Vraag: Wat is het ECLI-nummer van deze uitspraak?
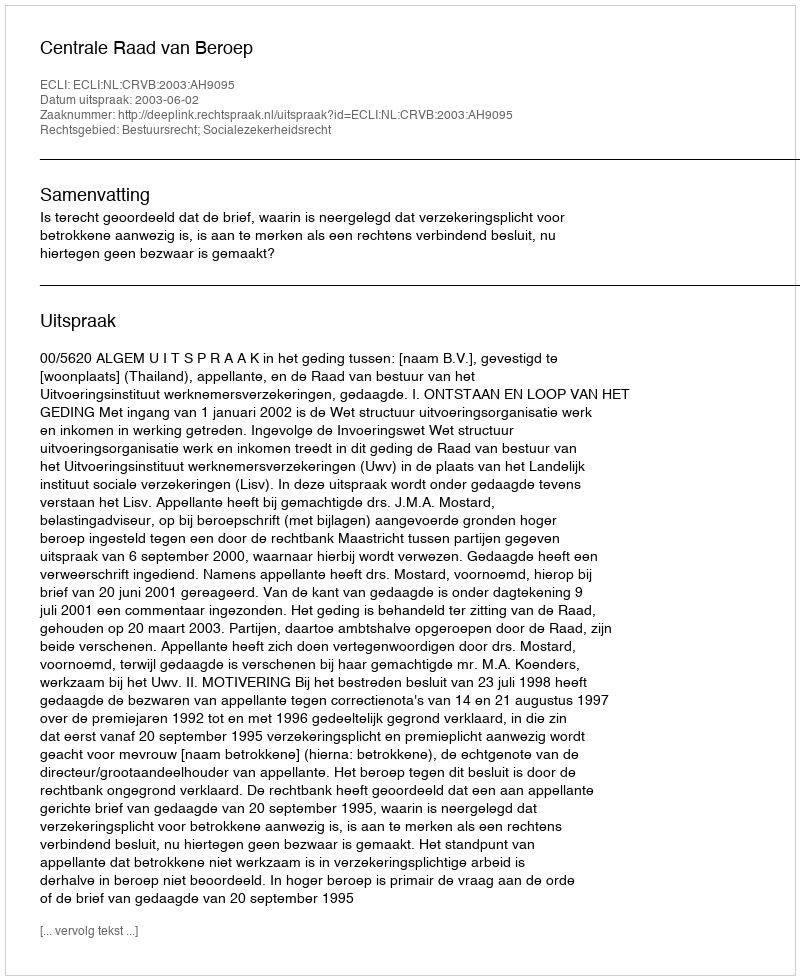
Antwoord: ECLI:NL:CRVB:2003:AH9095